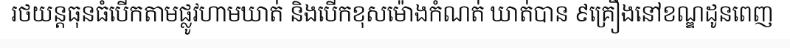
រថយន្តធុនធំបើកតាមផ្លូវហាមឃាត់ និងបើកខុសម៉ោងកំណត់ ឃាត់បាន ៩គ្រឿងនៅខណ្ឌដូនពេញ